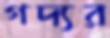
গদ্যর